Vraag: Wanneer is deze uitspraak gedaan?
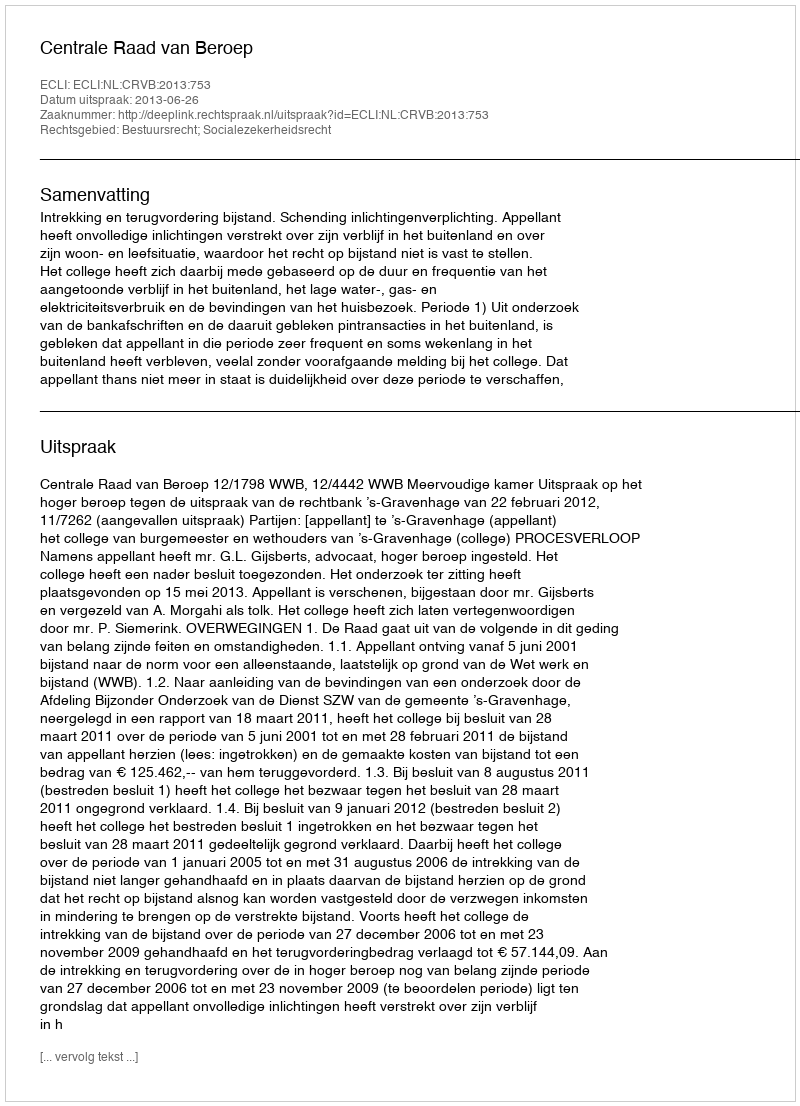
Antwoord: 2013-06-26